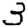
Digit: 3